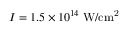
I = 1 . 5 \times 1 0 ^ { 1 4 } \mathrm { \; W / c m ^ { 2 } }